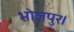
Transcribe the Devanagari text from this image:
भोजपुर।